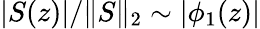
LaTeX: \vert S(z)\vert/\| S\| _{2}\sim\vert\phi_{1}(z)\vert